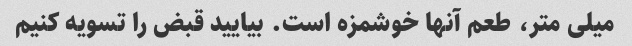
میلی متر، طعم آنها خوشمزه است. بیایید قبض را تسویه کنیم